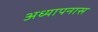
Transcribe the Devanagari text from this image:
अध्यापनास